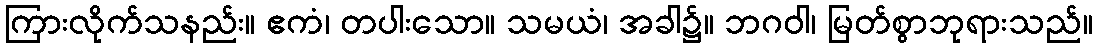
ကြားလိုက်သနည်း။ ဧကံ၊ တပါးသော။ သမယံ၊ အခါ၌။ ဘဂဝါ၊ မြတ်စွာဘုရားသည်။